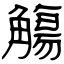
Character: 觴